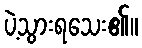
ပဲ့သွားရသေး၏။